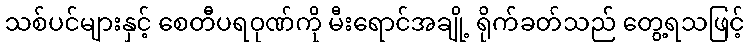
သစ်ပင်များနှင့် စေတီပရဝုဏ်ကို မီးရောင်အချို့ ရိုက်ခတ်သည် တွေ့ရသဖြင့်